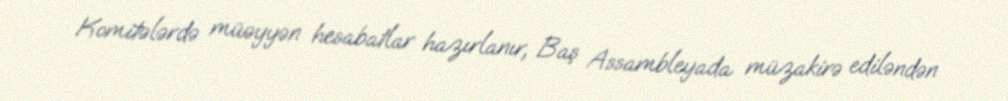
Komitələrdə müəyyən hesabatlar hazırlanır, Baş Assambleyada müzakirə ediləndən